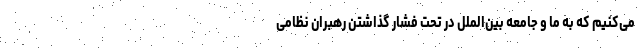
می‌کنیم که به ما و جامعه بین‌الملل در تحت فشار گذاشتن رهبران نظامی